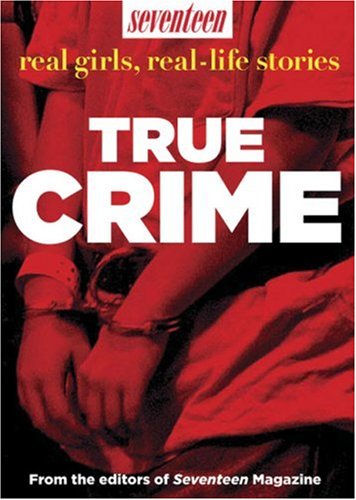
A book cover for Seventeen Real Girls, Real-Life Stories: True Crime; Seventeen Magazine; Teen & Young Adult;